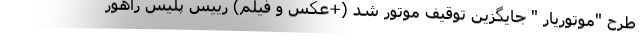
طرح "موتوریار " جایگزین توقیف موتور شد (+عکس و فیلم) رییس پلیس راهور